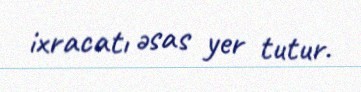
ixracatı əsas yer tutur.